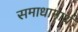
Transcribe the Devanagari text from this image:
समाधानार्थ